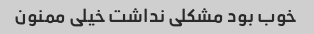
خوب بود مشکلی نداشت خیلی ممنون